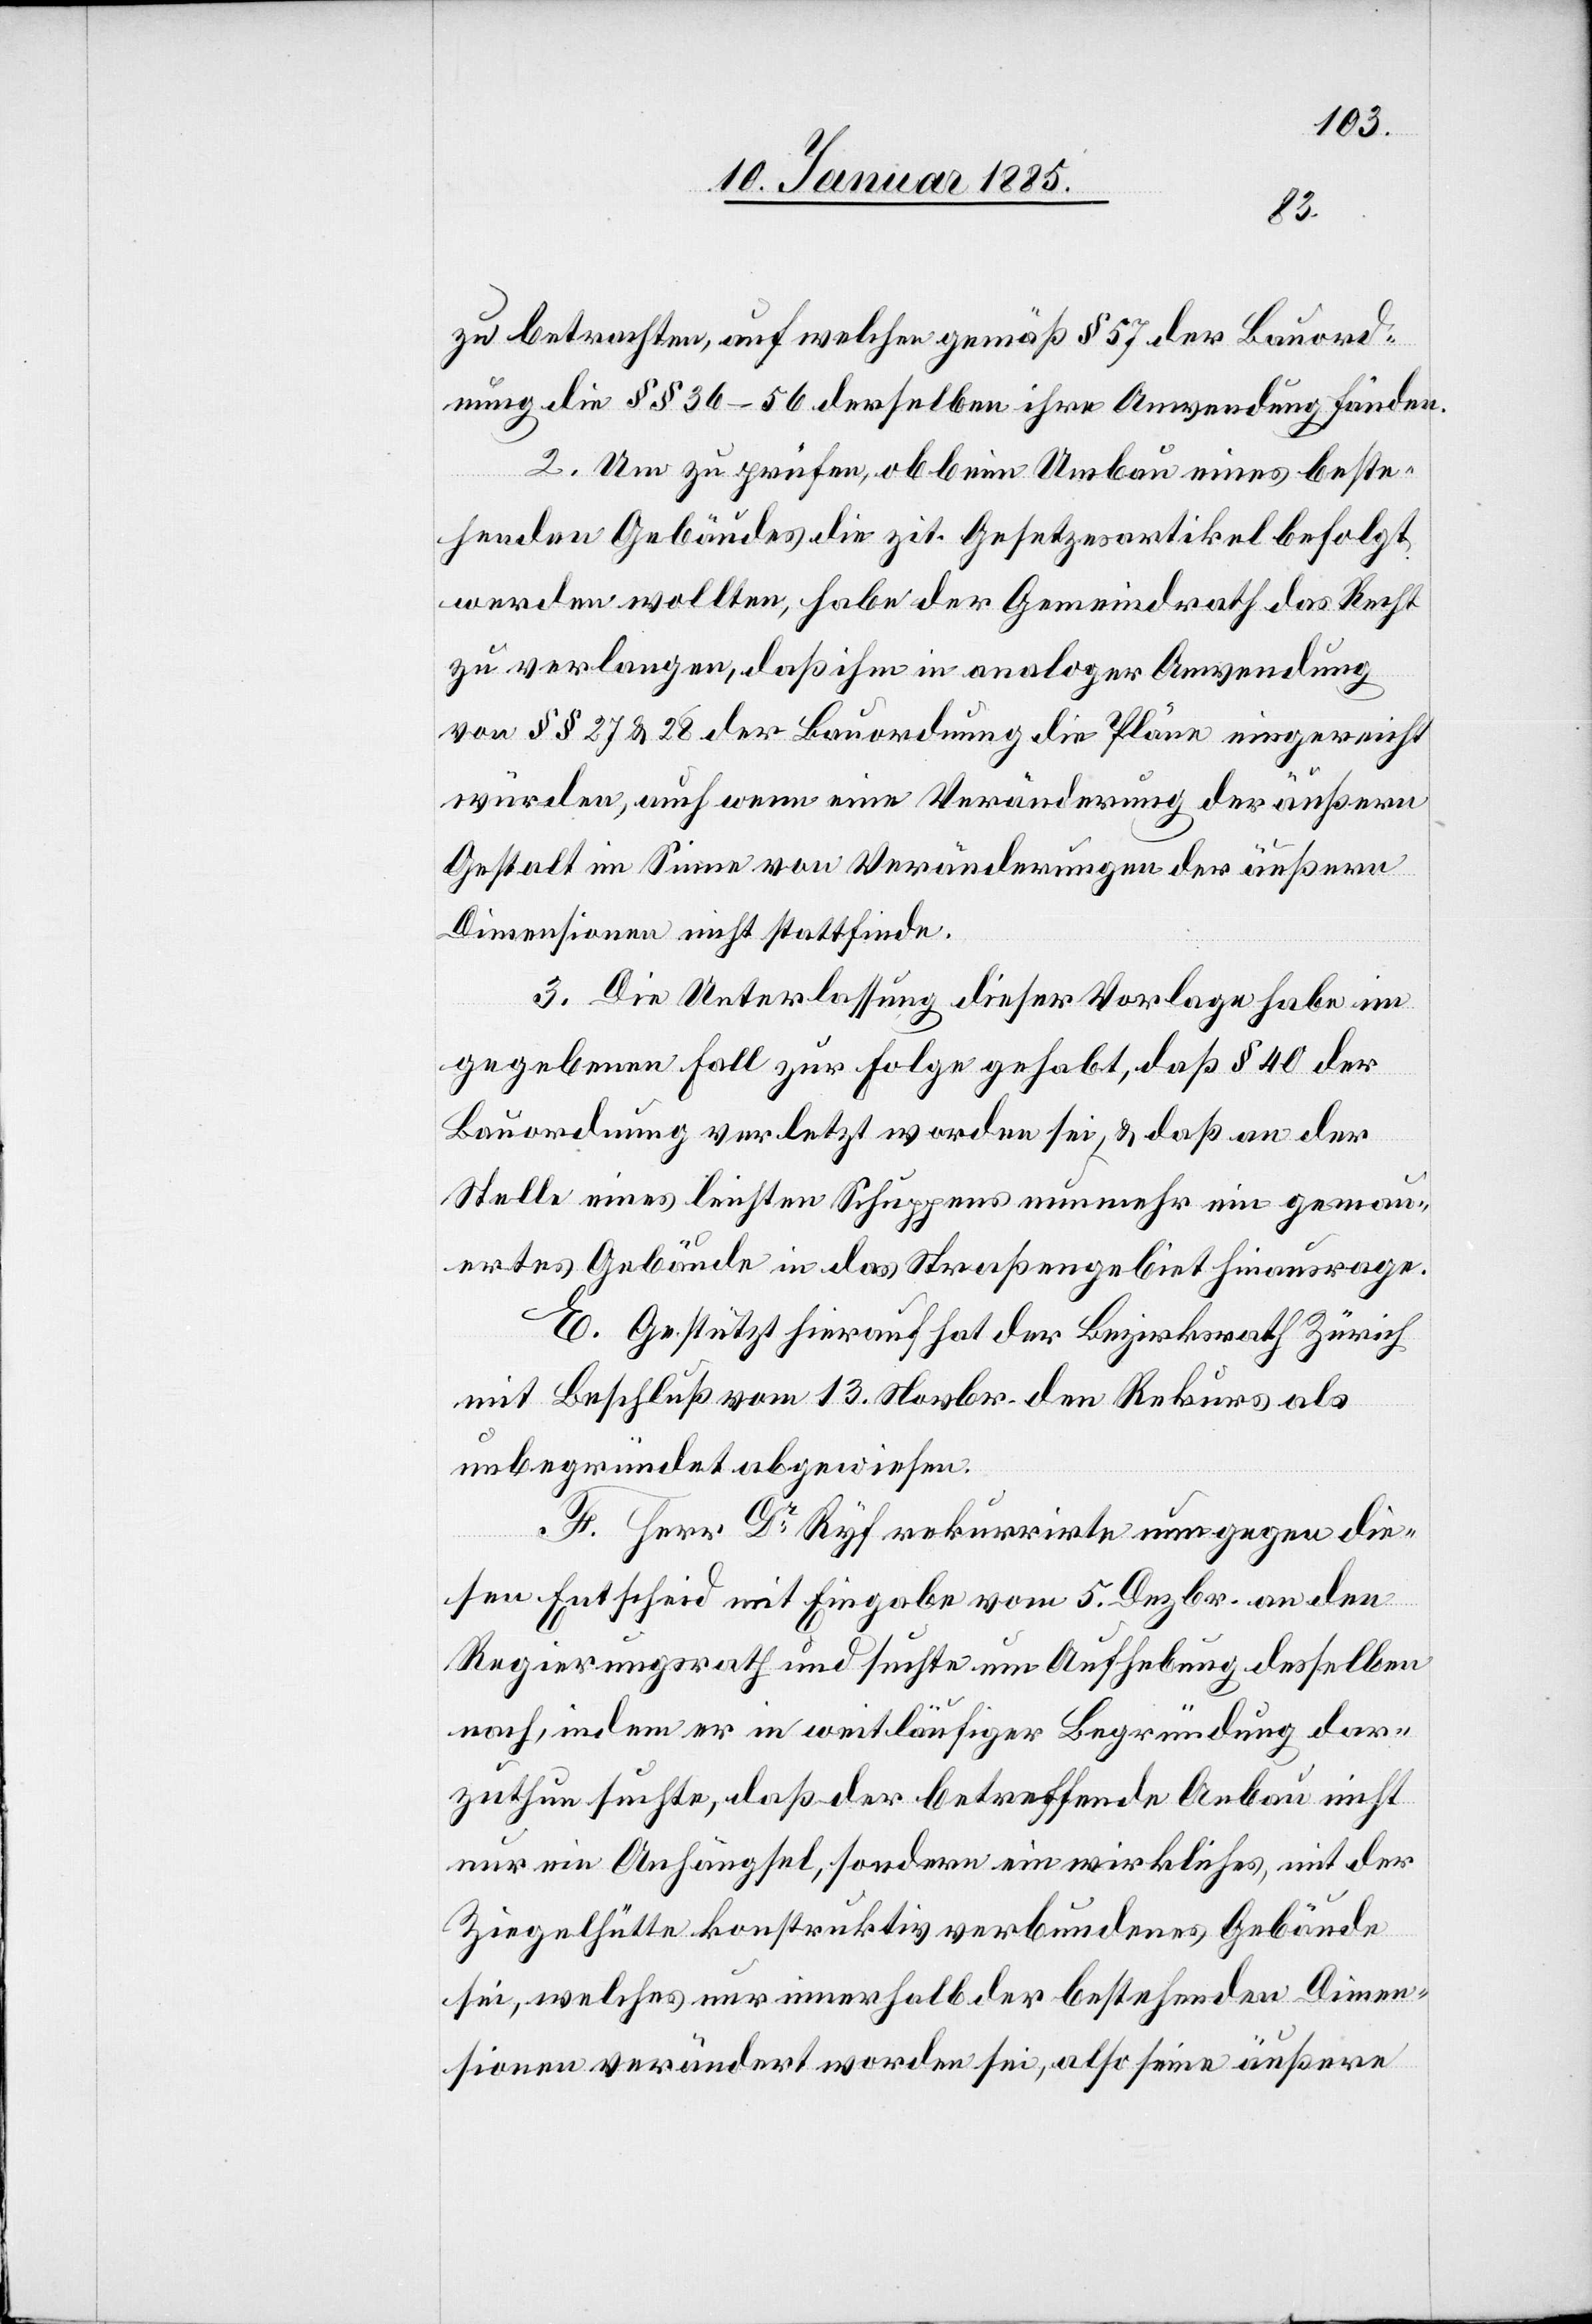
zu betrachten, auf welchen gemäß § 57 der Bauord¬
nung §§ 36–56 derselben ihre Anwendung fänden.
2. Um zu prüfen, ob beim Umbau eines beste¬
henden Gebäudes die zit. Gesetzesartikel befolgt
werden wollten, habe der Gemeindrath das Recht
zu verlangen, daß ihm in analoger Anwendung
von §§ 27 & 28 der Bauordnung die Pläne eingereicht
würden, auch wenn eine Veränderung der äußern
Gestalt im Sinne von Veränderungen der äußern
Dimensionen nicht stattfinde.
3. Die Unterlassung dieser Vorlage habe im
gegebenen Fall zur Folge gehabt, daß § 40 der
Bauordnung verletzt worden sei, & daß an der
Stelle eines leichten Schuppens nunmehr ein gemau¬
ertes Gebäude in das Straßengebiet hinausrage.
E. Gestützt hierauf hat der Bezirksrath Zürich
mit Beschluß vom 13. Novbr. den Rekurs als
unbegründet abgewiesen.
F. Herr Dr Ryf rekurrirte nun gegen die¬
sen Entscheid mit Eingabe vom 5. Dezbr. an den
Regierungsrath und suchte um Aufhebung desselben
nach, indem er in weitläufiger Begründung dar¬
zuthun suchte, daß der betreffende Anbau nicht
nur ein Anhängsel, sondern ein wirkliches, mit der
Ziegelhütte konstruktiv verbundenes Gebäude
sei, welches nur innerhalb der bestehenden Dimen¬
sionen verändert worden sei, also seine äußere